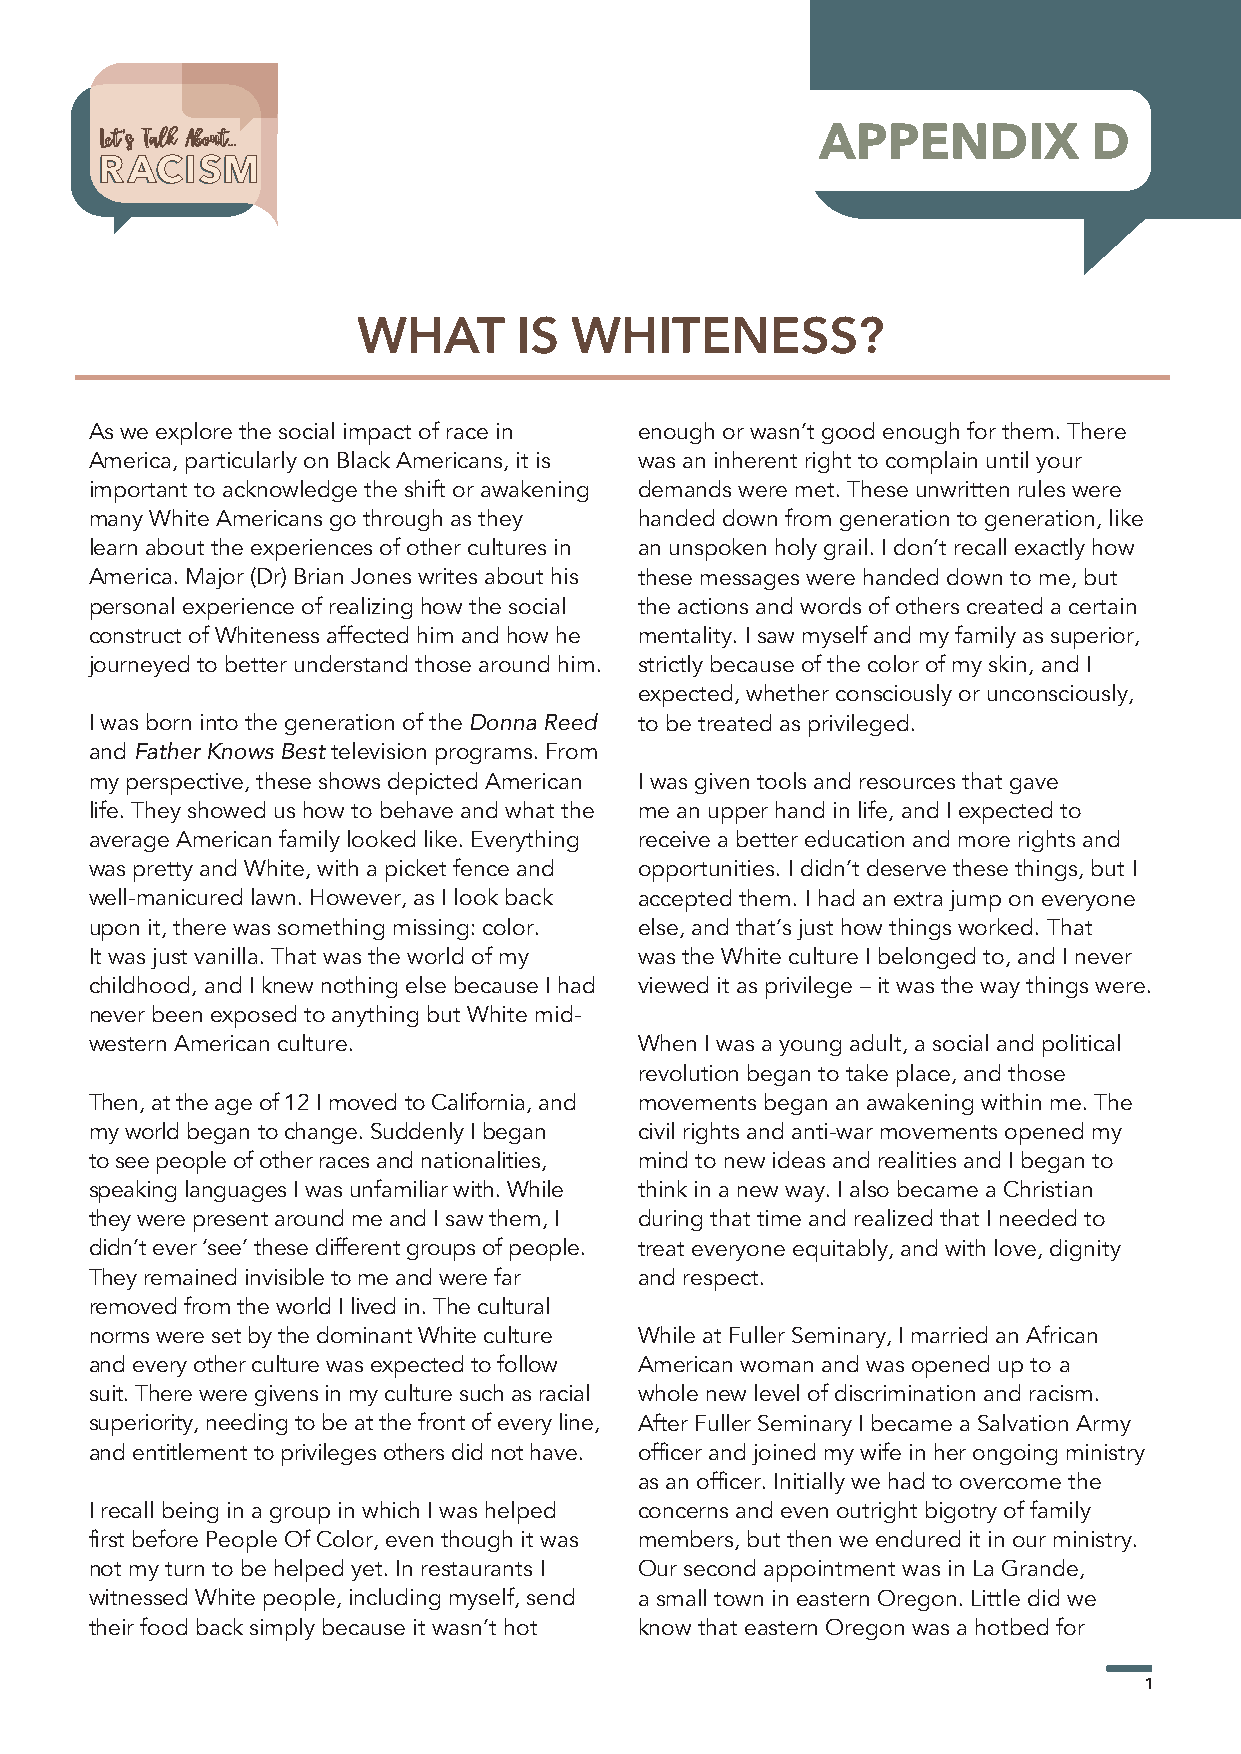
LLeett’’ss TTaallkk AAbboouutt......           APPENDIX          D
 RACISM
 WHAT      IS  WHITENESS?
 As we explore the social impact of race in enough or wasn’t good enough for them. There
 America, particularly on Black Americans, it is was an inherent right to complain until your
 important to acknowledge the shift or awakening demands were met. These unwritten rules were
 many White Americans go through as they handed down from generation to generation, like
 learn about the experiences of other cultures in an unspoken holy grail. I don’t recall exactly how
 America. Major (Dr) Brian Jones writes about his these messages were handed down to me, but
 personal experience of realizing how the social the actions and words of others created a certain
 construct of Whiteness affected him and how he mentality. I saw myself and my family as superior,
 journeyed to better understand those around him. strictly because of the color of my skin, and I
 expected, whether consciously or unconsciously,
 I was born into the generation of the Donna Reed to be treated as privileged.
 and Father Knows Best television programs. From
 my perspective, these shows depicted American I was given tools and resources that gave
 life. They showed us how to behave and what the me an upper hand in life, and I expected to
 average American family looked like. Everything receive a better education and more rights and
 was pretty and White, with a picket fence and opportunities. I didn’t deserve these things, but I
 well-manicured lawn. However, as I look back accepted them. I had an extra jump on everyone
 upon it, there was something missing: color. else, and that’s just how things worked. That
 It was just vanilla. That was the world of my was the White culture I belonged to, and I never
 childhood, and I knew nothing else because I had viewed it as privilege – it was the way things were.
 never been exposed to anything but White mid-
 western American culture.           When I was a young adult, a social and political
 revolution began to take place, and those
 Then, at the age of 12 I moved to California, and movements began an awakening within me. The
 my world began to change. Suddenly I began civil rights and anti-war movements opened my
 to see people of other races and nationalities, mind to new ideas and realities and I began to
 speaking languages I was unfamiliar with. While think in a new way. I also became a Christian
 they were present around me and I saw them, I during that time and realized that I needed to
 didn’t ever ‘see’ these different groups of people. treat everyone equitably, and with love, dignity
 They remained invisible to me and were far and respect.
 removed from the world I lived in. The cultural
 norms were set by the dominant White culture While at Fuller Seminary, I married an African
 and every other culture was expected to follow American woman and was opened up to a
 suit. There were givens in my culture such as racial whole new level of discrimination and racism.
 superiority, needing to be at the front of every line, After Fuller Seminary I became a Salvation Army
 and entitlement to privileges others did not have. officer and joined my wife in her ongoing ministry
 as an officer. Initially we had to overcome the
 I recall being in a group in which I was helped concerns and even outright bigotry of family
 first before People Of Color, even though it was members, but then we endured it in our ministry.
 not my turn to be helped yet. In restaurants I Our second appointment was in La Grande,
 witnessed White people, including myself, send a small town in eastern Oregon. Little did we
 their food back simply because it wasn’t hot know that eastern Oregon was a hotbed for
 1